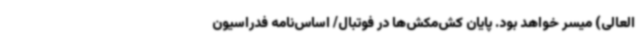
العالی) میسر خواهد بود. پایان کش‌مکش‌ها در فوتبال/ اساس‌نامه فدراسیون